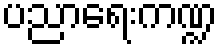
ပညာရေးကဏ္ဍ